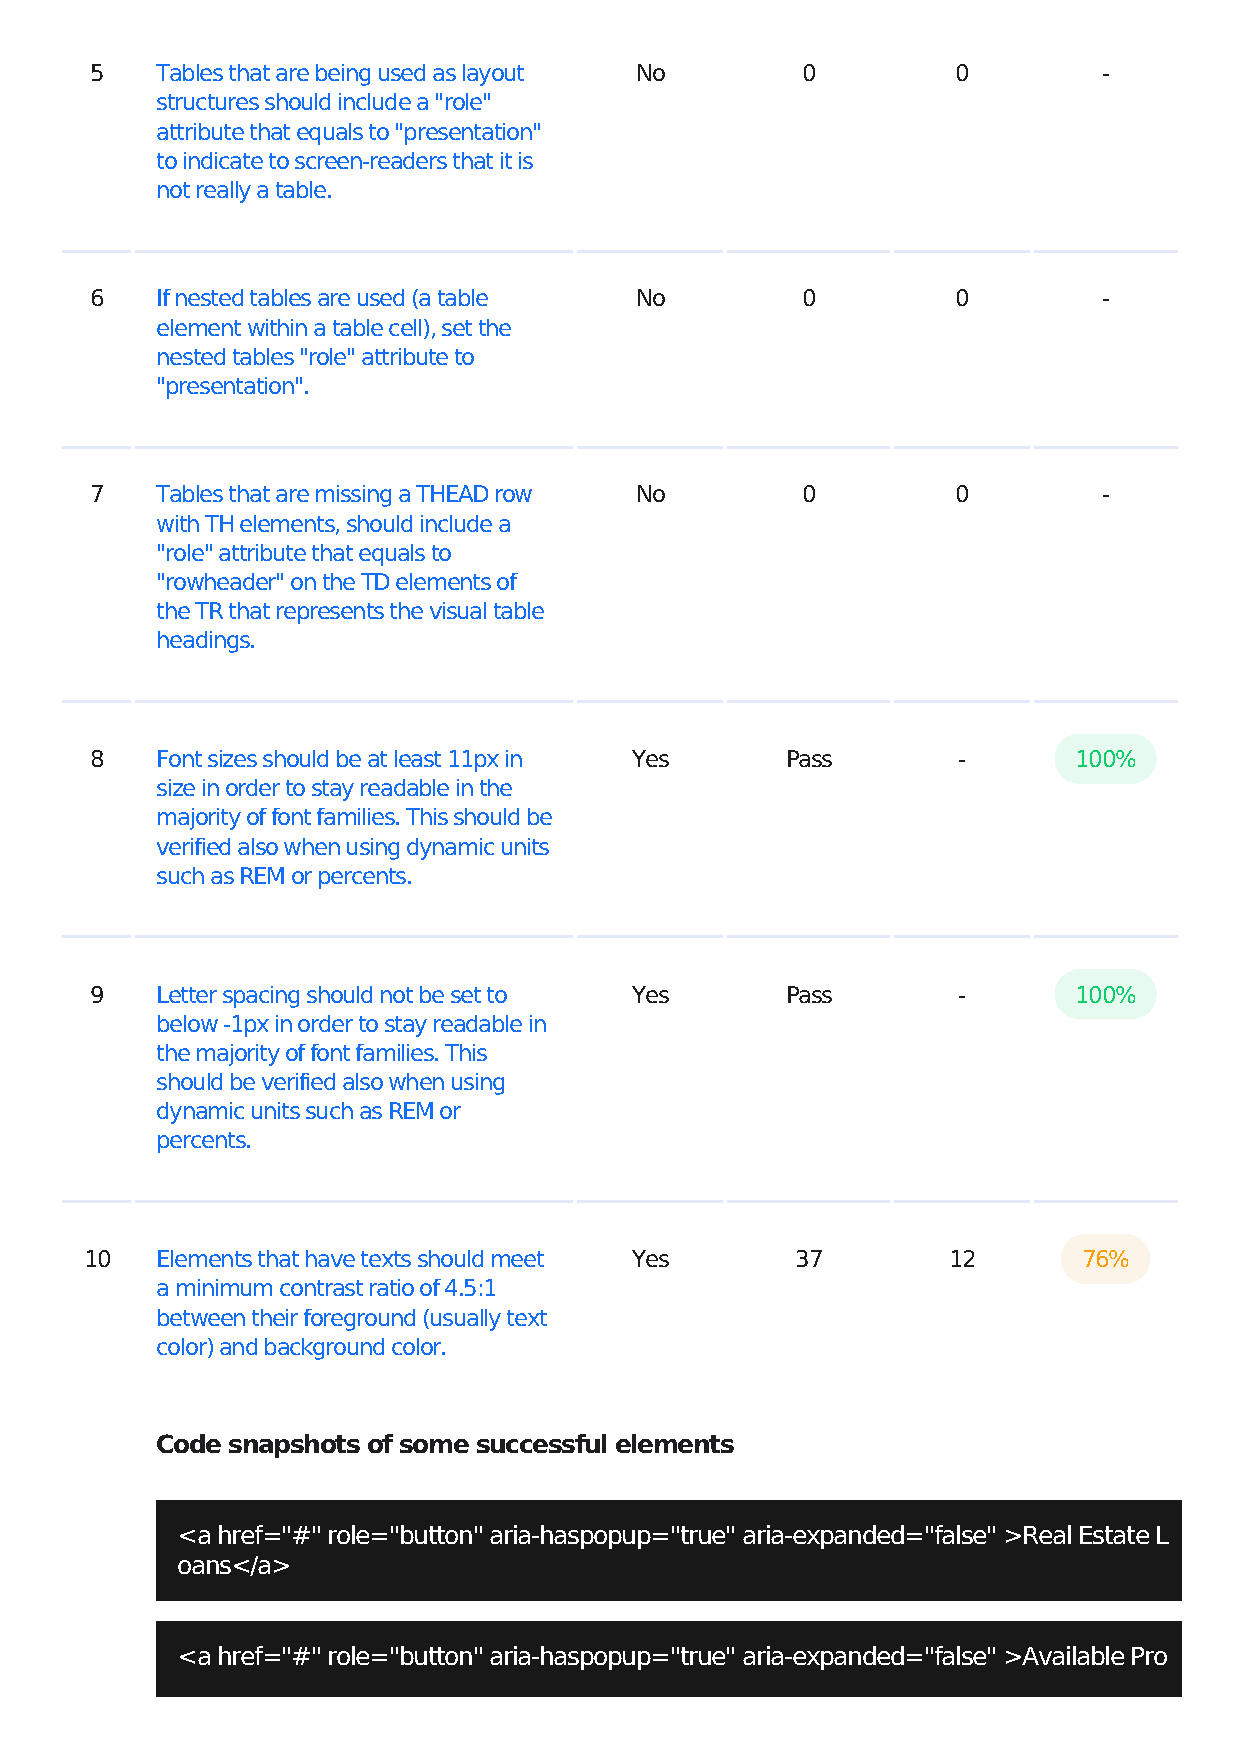
5   Tables that are being used as layout No    0         0         -
 structures should include a "role"
 attribute that equals to "presentation"
 to indicate to screen-readers that it is
 not really a table.
 6   If nested tables are used (a table No      0         0         -
 element within a table cell), set the
 nested tables "role" attribute to
 "presentation".
 7   Tables that are missing a THEAD row No     0         0         -
 with TH elements, should include a
 "role" attribute that equals to
 "rowheader" on the TD elements of
 the TR that represents the visual table
 headings.
 8   Font sizes should be at least 11px in Yes Pass       -       100%
 size in order to stay readable in the
 majority of font families. This should be
 verified also when using dynamic units
 such as REM or percents.
 9   Letter spacing should not be set to Yes   Pass       -       100%
 below -1px in order to stay readable in
 the majority of font families. This
 should be verified also when using
 dynamic units such as REM or
 percents.
 10  Elements that have texts should meet Yes   37        12       76%
 a minimum contrast ratio of 4.5:1
 between their foreground (usually text
 color) and background color.
 Code snapshots of some successful elements
 <a href="#" role="button" aria-haspopup="true" aria-expanded="false" >Real Estate L
 oans</a>
 <a href="#" role="button" aria-haspopup="true" aria-expanded="false" >Available Pro